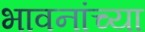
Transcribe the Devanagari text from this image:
भावनांच्या